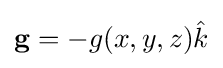
\mathbf {g} =-g(x,y,z){\hat {k}}